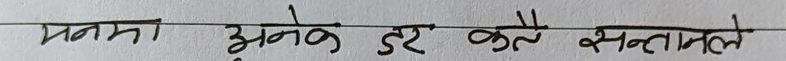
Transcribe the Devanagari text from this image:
मनमा अनेक डर कत्ते सन्तानले